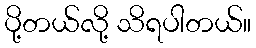
ပို့တယ်လို့ သိရပါတယ်။